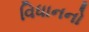
વિધાનનો